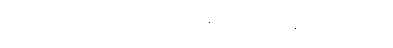
ဘယ်ထဲက ယူမလဲ။ သုံးထပ်သား ဆို ၃၈၀၀ ဈေးနဲ့ ပေးမယ်။ တစ်